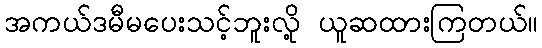
အကယ်ဒမီမပေးသင့်ဘူးလို့ ယူဆထားကြတယ်။